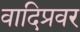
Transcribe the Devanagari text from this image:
वादिप्रवर